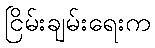
ငြိမ်းချမ်းရေးက